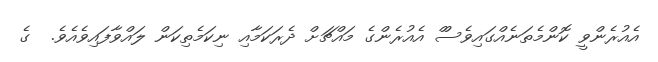
އެއުރެންވީ ކޮންމެތަނެއްގައިވެސްް އެއުރެންގެ މައްޗަށް ދެރަކަމާއި ނިކަމެތިކަން ލައްވާފައިވެއެވެ.  ގެ